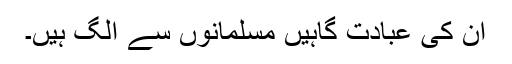
ان کی عبادت گاہیں مسلمانوں سے الگ ہیں۔